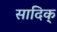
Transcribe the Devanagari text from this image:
सादिक्